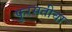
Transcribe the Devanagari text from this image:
फुरसतीचा